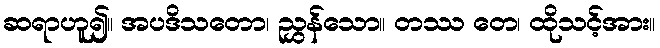
ဆရာဟူ၍။ အပဒိသတော၊ ညွှန်သော။ တဿ တေ၊ ထိုသင့်အား။